Lunatic asylums Central Provinces reports 1886-1894 - 1886-1894
Year: 1886
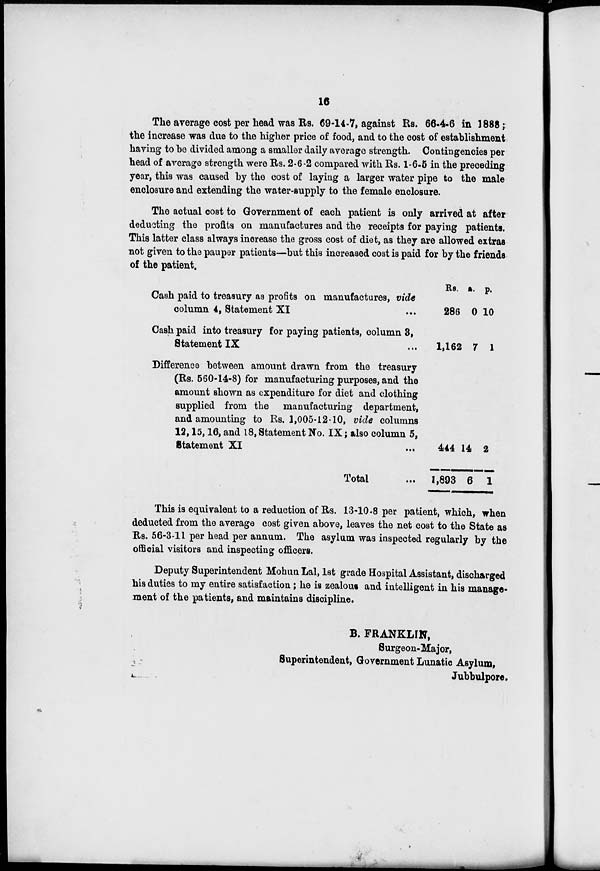
16
The average cost per head was Rs. 69-14-7, against Rs. 66-4-6 in 1888;
the increase was due to the higher price of food, and to the cost of establishment
having to be divided among a smaller daily average strength. Contingencies per
head of average strength were Rs. 2-6-2 compared with Rs. 1-6-5 in the preceding
year, this was caused by the cost of laying a larger water pipe to the male
enclosure and extending the water-supply to the female enclosure.
The actual cost to Government of each patient is only arrived at after
deducting the profits on manufactures and the receipts for paying patients.
This latter class always increase the gross cost of diet, as they are allowed extras
not given to the pauper patients—but this increased cost is paid for by the friends
of the patient.
Cash paid to treasury as profits on manufactures, vide
column 4, Statement XI ...
Cash paid into treasury for paying patients, column 3,
Statement IX ...
Difference between amount drawn from the treasury
(Rs. 560-14-8) for manufacturing purposes, and the
amount shown as expenditure for diet and clothing
supplied from the manufacturing department,
and amounting to Rs. 1,005-12-10, vide columns
12, 15, 16, and 18, Statement No. IX ; also column 5,
Statement XI ...
Total ...
Rs.
286
1,162
444
1,893
a.
0
7
14
6
p.
10
1
2
1
This is equivalent to a reduction of Rs. 13-10-8 per patient, which, when
deducted from the average cost given above, leaves the net cost to the State as
Rs. 56-3-11 per head per annum. The asylum was inspected regularly by the
official visitors and inspecting officers.
Deputy Superintendent Mohun Lal, 1st grade Hospital Assistant, discharged
his duties to my entire satisfaction; he is zealous and intelligent in his manage-
ment of the patients, and maintains discipline.
B. FRANKLIN,
Surgeon-Major,
Superintendent, Government Lunatic Asylum,
Jubbulpore.